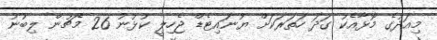
މިއަދުގެ މޮޅާއެކު ގަދަ ހަތަރަކަށް ޔުނައިޓެޑް ޖެހިލީ ކުޅުނު 26 މެޗުން ލިބުނު